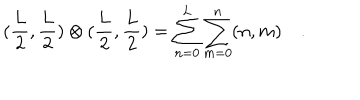
LaTeX: ( \frac { L } { 2 } , \frac { L } { 2 } ) \otimes ( \frac { L } { 2 } , \frac { L } { 2 } ) = \sum _ { n = 0 } ^ { L } \sum _ { m = 0 } ^ { n } ( n , m ) \quad .